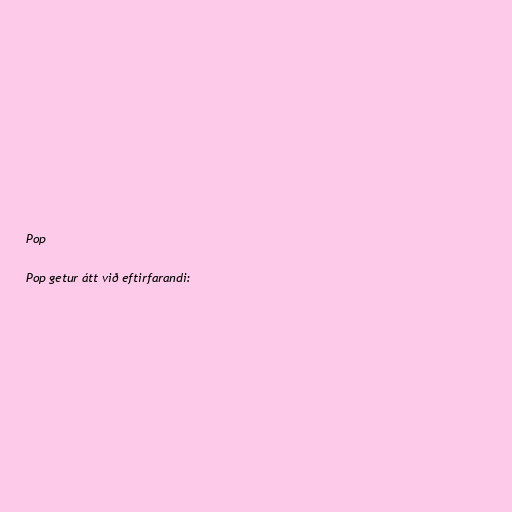
Pop

Pop getur átt við eftirfarandi: